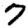
Digit: 7